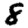
Digit: 8